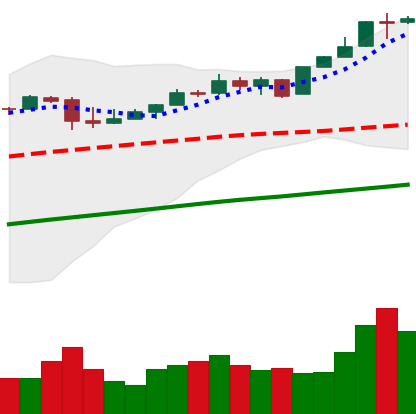
Ticker: BTC-USD
Chart end date: 2017-04-29
Forward return: 16.332%
Label: up_7plus